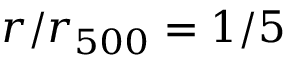
r / r _ { 5 0 0 } = 1 / 5